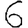
Digit: 6